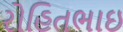
રોહિતભાઇ